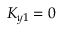
K _ { y 1 } = 0